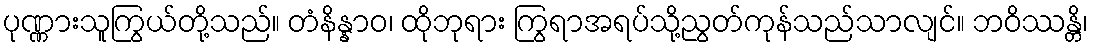
ပုဏ္ဏားသူကြွယ်တို့သည်။ တံနိန္နာဝ၊ ထိုဘုရား ကြွရာအရပ်သို့ညွတ်ကုန်သည်သာလျင်။ ဘဝိဿန္တိ၊